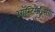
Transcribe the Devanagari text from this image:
ऑस्टिमैल्सिया